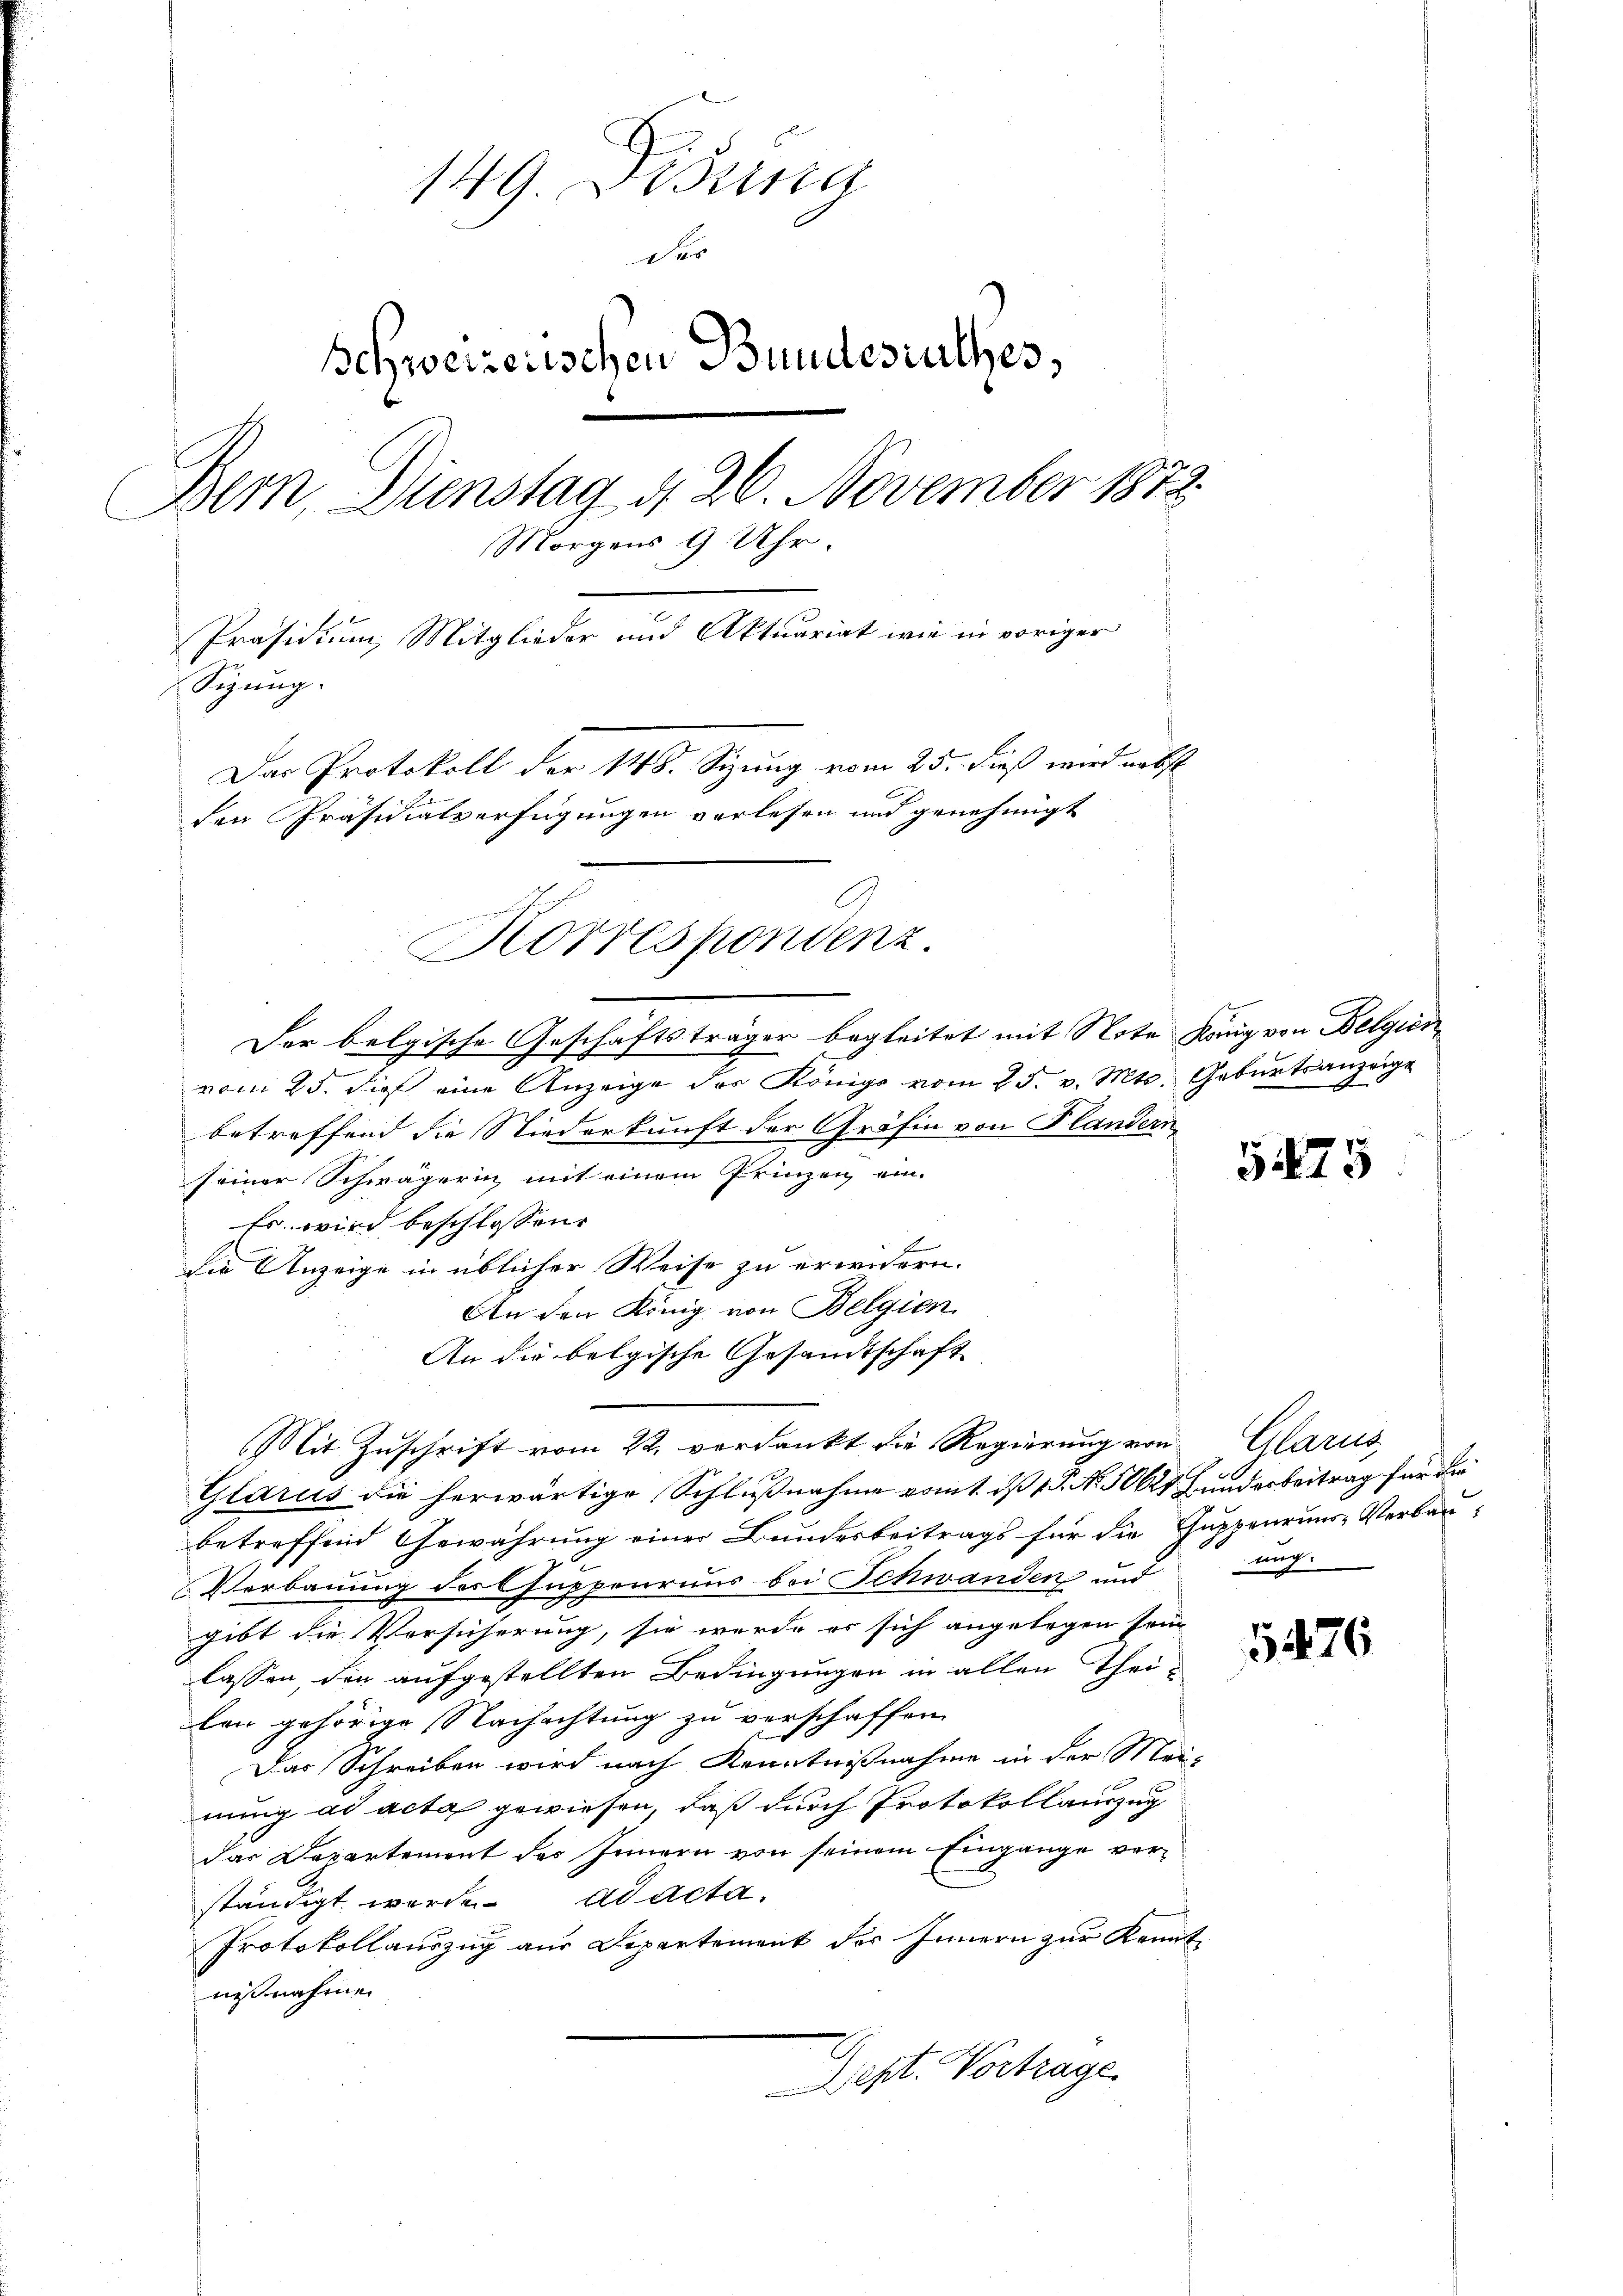
149. Ordina
D
Schweizerischen Bundesrathes,
1
Bern, Dienstag d. 26. November 1872.
Morgens 9 Uhr.
Präsidium, Mitglieder und Aktuariat wie in voriger
Sizung.
Das Protokoll der 148. Sizung vom 25. dieß wird nebst
den Präsidialverfügungen vorlesen und genehmigt
Korrespondenz.

Der belgische Geschäftsträger begleitet mit Note König von Belgien
vom 25. die eine Anzeige der Königs vom 25. v. Mts. Geburtsanzeige
betreffend die Niederkunft der Gräfin von Flandern
seiner Schwägerin mit einem Prinzen ein-
Es wird beschlossen:
2
die Anzeige in üblicher Weise zu erwidern.
An den König von Belgien
An die belgische Gesandtschaft
Mit Zuschrift vom 22. verdankt die Regierung von Glarus,
Glarus die herwärtige Schlußnahme vom 1. ds P. No. 50625 Kunderbeitrag für die
betreffend Gewährung einer Bundesbeitrags für die Guppenruns Verbau¬
Verbauung des Guppenraus bei Schwanden und
gibt die Versicherung, sie werde es sich angelegen sein
lassen, den aufgestellten Bedingungen in allen Theilen gehörige Nachachtung zu verschaffen.
Das Schreiben wird nach Kenntnißnahme in der Meinung ad acta gewiesen, daß durch Protokollauszug
das Departement des Innern von seinem Eingänge verständigt werde. ad acta.
Protokollauszug aus Departement der Innern zur Kennt
nißnahme.
Dest. Vortrage.

5475

nug.

5476